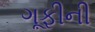
ગૂફીની